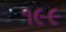
૧૯૯